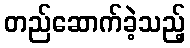
တည်ဆောက်ခဲ့သည့်